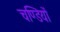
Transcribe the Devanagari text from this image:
चण्डियों